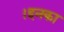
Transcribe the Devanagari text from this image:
।इनका